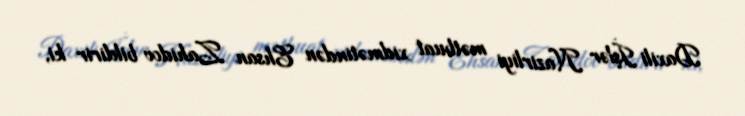
Daxili İşlər Nazirliyi mətbuat xidmətindən Ehsan Zahidov bildirir ki,